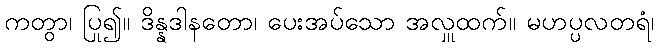
ကတွာ၊ ပြု၍။ ဒိန္နဒါနတော၊ ပေးအပ်သော အလှူထက်။ မဟပ္ပလတရံ၊